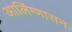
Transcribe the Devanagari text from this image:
आलिंग्णासन